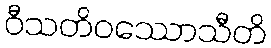
ဝီသတိဝဿောသီတိ